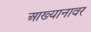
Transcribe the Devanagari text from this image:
आख्यानावर